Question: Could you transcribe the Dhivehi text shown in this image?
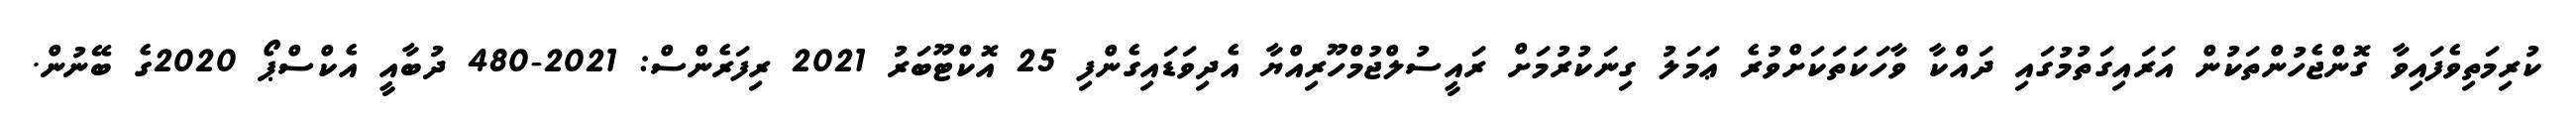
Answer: ކުރިމަތިވެފައިވާ ގޮންޖެހުންތަކުން އަރައިގަތުމުގައި ދައްކާ ވާހަކަތަކަށްވުރެ ޢަމަލު ގިނަކުރުމަށް ރައީސުލްޖުމްހޫރިއްޔާ އެދިވަޑައިގެންފި 25 އޮކްޓޫބަރު 2021 ރިފަރެންސް: 2021-480 ދުބާއީ އެކްސްޕޯ 2020ގެ ބޭނުން.